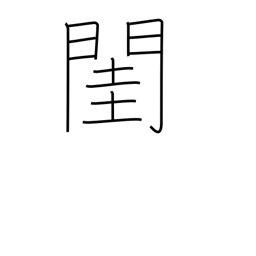
Meaning: bedroom